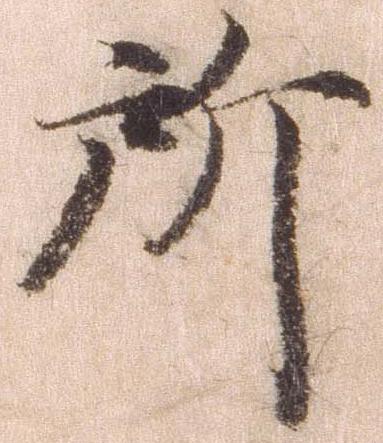
所